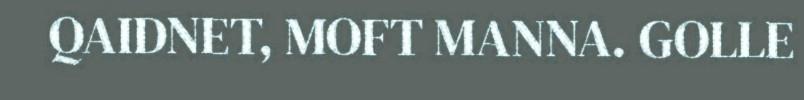
QAIDNET, MOFT MANNA. GOLLE